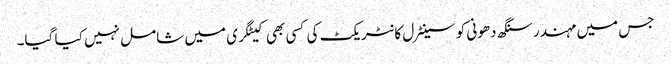
جس میں مہندرسنگھ دھونی کو سینٹرل کانٹریکٹ کی کسی بھی کیٹگری میں شامل نہیں کیا گیا۔